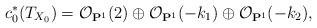
LaTeX: \begin{align*} c_0^\ast(T_{X_0})=\mathcal O_{\mathbf P^1}(2)\oplus \mathcal O_{\mathbf P^1}(-k_1)\oplus \mathcal O_{\mathbf P^1}(-k_2),\end{align*}